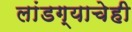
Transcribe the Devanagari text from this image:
लांडग्याचेही